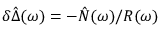
\delta \hat { \Delta } ( \omega ) = - \hat { N } ( \omega ) / R ( \omega )